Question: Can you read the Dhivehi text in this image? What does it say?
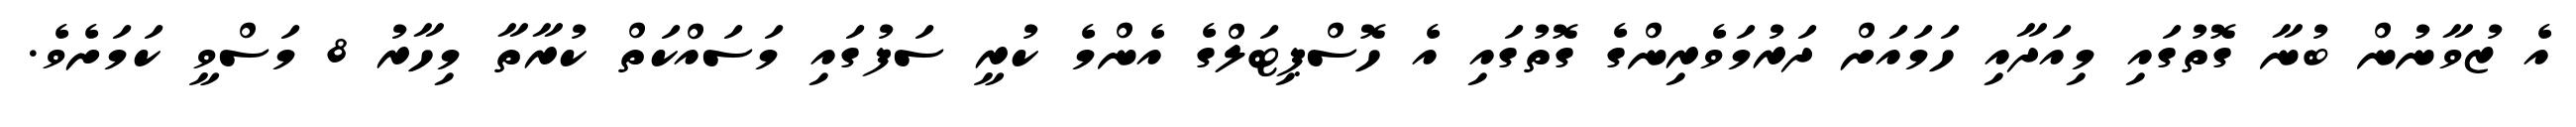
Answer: އެ ޒުވާނުން ބުނާ ގޮތުގައި މިއަދާއި ހަމައަށް ދަރުމަވެރިންގެ ގޮތުގައި އެ ހޮސްޕިޓަލްގެ އެންމެ ކުރީ ސަފުގައި މަސައްކަތް ކުރާތާ މިހާރު 8 މަސްވީ ކަމަށެވެ.